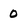
Character: 0